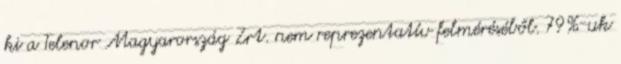
ki a Telenor Magyarország Zrt. nem reprezentatív felméréséből. 79%-uk